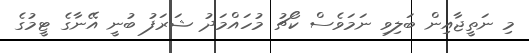
މި ނަތީޖާއިން ބަލިވި ނަމަވެސް ކޯޗު މުހައްމަދު ޝަރަފު ބުނީ އޭނާގެ ޓީމުގެ